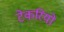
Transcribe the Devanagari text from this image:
टेकरियो